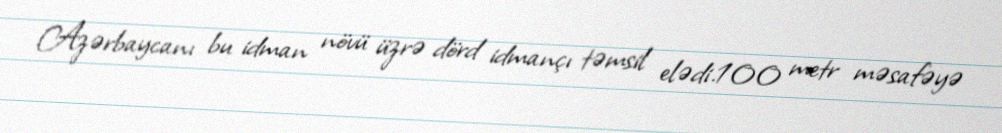
Azərbaycanı bu idman növü üzrə dörd idmançı təmsil elədi.100 metr məsafəyə